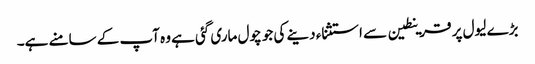
بڑے لیول پر قرینطین سے استثناء دینے کی جو چول ماری گئی ہے وہ آپ کے سامنے ہے۔